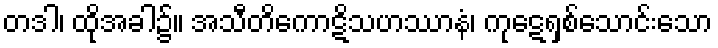
တဒါ၊ ထိုအခါ၌။ အသီတိကောဋိသဟဿာနံ၊ ကုဋေရှစ်သောင်းသော